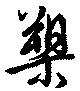
槊